Annual report on the working of the mental hospitals in the Madras Presidency - 1912-1932
Year: 1912
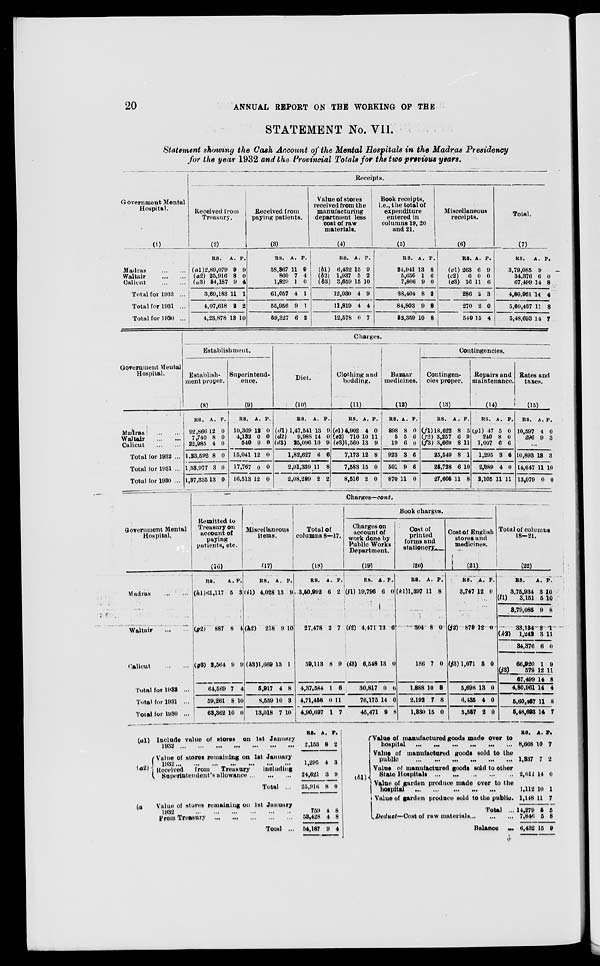
20
ANNUAL REPORT ON THE WORKING OF THE
STATEMENT No. VII.
Statement showing the Cash Account of the Mental Hospitals in the Madras Presidency
for the year 1932 and the Provincial Totals for the two previous years.
Government Mental
Hospital.
(1)
Madras
...
...
Waltair
...
...
Calicut
...
...
Total for 1932 ...
Total for 1931 ...
Total for 1930 ...
Receipts.
Received from
Treasury.
(2)
RS.
(a1) 2,89,079
(a2) 25,916
(a3) 54,187
3,69,183
4,07,618
4,23,878
A.
9
8
9
11
2
P.
9
0
4
1
2
13 10
Received from
paying patients.
(3)
RS.
58,367
860
1,829
61,057
55,956
59,327
A.
11
7
1
4
9
6
P.
9
4
0
1
1
2
Value of stores
received from the
manufacturing
department less
cost of raw
materials.
(4)
RS.
(b1) 6,432
(b2)
1,937
(b3) 3,659
12,030
11,819
12,578
A.
15
5
15
4
4
0
P.
9
2
10
9
4
7
Book receipts,
i.e., the total of
expenditure
entered in
columns 19, 20
and 21.
(5)
RS.
24,941
5,656
7,806
38,404
84,803
52,359
A.
13
1
9
8
9
10
P.
8
6
0
2
8
8
Miscellaneous
receipts.
(6)
RS.
(c1) 263
(c2)
6
(c3) 16
286
270
549
A.
6
0
11
2
2
15
P.
9
0
6
3
0
4
Total.
(7)
RS.
3,79,085
34,376
67,499
4,80,961
5,60,467
5,48,693
A.
9
6
14
14
11
14
P.
0
8
4
8
7
Government Mental
Hospital.
Madras ... ...
Waltair
...
...
Calicut
...
...
Total for 1932 ...
Total for 1931 ...
Total for 1930 ...
Charges.
Establishment.
Establish-
ment proper.
(8)
RS.
92,866
7,740
22,985
1,23,592
1,33,977
1,37,335
A.
12
8
4
8
3
13
P.
0
0
0
0
0
0
Superintend-
ence.
(9)
RS.
10,369
4,132
540
15,041
17,767
16,513
A.
12
0
0
12
0
12
P.
0
0
0
0
0
0
Diet.
(10)
RS.
(d1) 1,47,541
(d2)
9,988
(d3)
25,096
1,82,627
2,01,339
2,08,289
A.
13
14
10
6
11
2
P.
9
0
9
6
8
2
Clothing and
bedding.
(11)
RS.
(el) 4,902
(e2) 710
(e3)1,560
7,173
7,583
8,516
A.
4
10
13
12
15
2
P.
0
11
9
8
0
0
Bazaar
medicines.
(12)
RS.
898
5
19
923
501
870
A.
8
5
6
3
9
11
P.
0
6
0
6
6
0
Contingencies.
Contingen-
cies proper.
(13)
RS.
(f1) 18,622
(f2) 3,257
(f3) 3,669
25,549
25,728
27,605
A.
8
6
8
8
6
11
P.
5
9
11
1
10
8
Repairs and
maintenance.
(14)
RS.
(g1) 47
240
1,007
1,295
2,089
2,105
A.
5
8
6
3
4
11
P.
0
0
6
6
0
11
Rates and
taxes.
(15)
RS.
10,597
296
A.
4
9
P.
0
3
...
10,893
14,647
13,079
13
11
0
3
10
0
Government Mental
Hospital.
Madras
...
...
Waltair
...
...
Calicut
...
...
Total for 1932 ...
Total for 1931 ...
Total for 1930 ...
Charges—cont.
Remitted to
Treasury on
account of
paying
patients, etc.
(16)
RS.
(h1) 61,117
A.
5
P.
3
(g2)
887 8 4
(g3) 2,564 9 9
64,569
59,261
63,362
7
8
10
4
10
0
Miscellaneous
items.
(17)
RS.
(i1) 4,028
A.
13
P.
9
(h2)
218 9 10
(h3)1,669 13 1
5,917
8,559
13,018
4
10
7
8
3
10
Total of
columns 8—17.
(18)
RS.
3,50,992
A.
6
P.
2
27,478 2 7
59,113 8 9
4,37,584
4,71,456
4,90,697
1
0
1
6
11
7
Book charges.
Charges on
account of
work done by
Public Works
Department.
(19)
RS.
(f1) 19,796
A.
6
P.
0
(i2) 4,471 13 6
(i3) 6,548 13 0
30,817
76,175
45,471
0
14
9
6
0
8
Cost of
printed
forms and
stationery
(20)
RS.
(k1)l,397
A.
11
P.
8
304 8 0
186 7 0
1,888
2,192
1,330
10
7
15
8
8
0
Cost of English
stores and
medicines.
(21)
RS.
3,747
A.
12
P.
0
(j2) 879 12 0
(j3) 1,071 5 0
5,698
6,435
5,557
13
4
2
0
0
0
Total of columns
18-21.
(22)
RS.
3,75,934
(l1)
3,151
3,79,085
33,134
(k2)
1,242
34,376
66,920
(j3)
579
67,499
4,80,961
5,60,467
5,48,693
A.
3
5
9
2
3
6
1
12
14
14
11
14
P.
10
10
8
1
11
0
9
11
8
4
8
7
(a1)
(a2)
(a3)
Include value of stores on 1st January
1932
...
...
...
...
...
...
...
Value of stores remaining on 1st January
1932
...
...
...
...
...
...
...
Received
from
Treasury
including
Superintendent's allowance
...
...
...
Total ...
Value of stores remaining on 1st January
1932
...
...
...
...
...
...
From Treasury
...
...
...
...
...
Total ...
RS.
2,153
1,295
24,621
25,916
759
53,428
54,187
A.
8
4
3
8
4
4
9
P.
2
3
9
0
8
8
4
(b1)
Value of manufactured goods made over to
hospital
...
...
...
...
...
...
Value of manufactured goods sold to the
public
...
...
...
...
...
...
Value of manufactured goods sold to other
State Hospitals ... ... ... ... ...
Value of garden produce made over to the
hospital ... ... ... ... ... ...
Value of garden produce sold to the public.
Total ...
Deduct—Cost
of raw materials
...
...
...
Balance
...
RS.
8,668
1,337
2,011
1,112
1,148
14,279
7,846
6,432
A.
10
7
14
10
11
5
5
15
P.
7
2
0
1
7
5
8
9